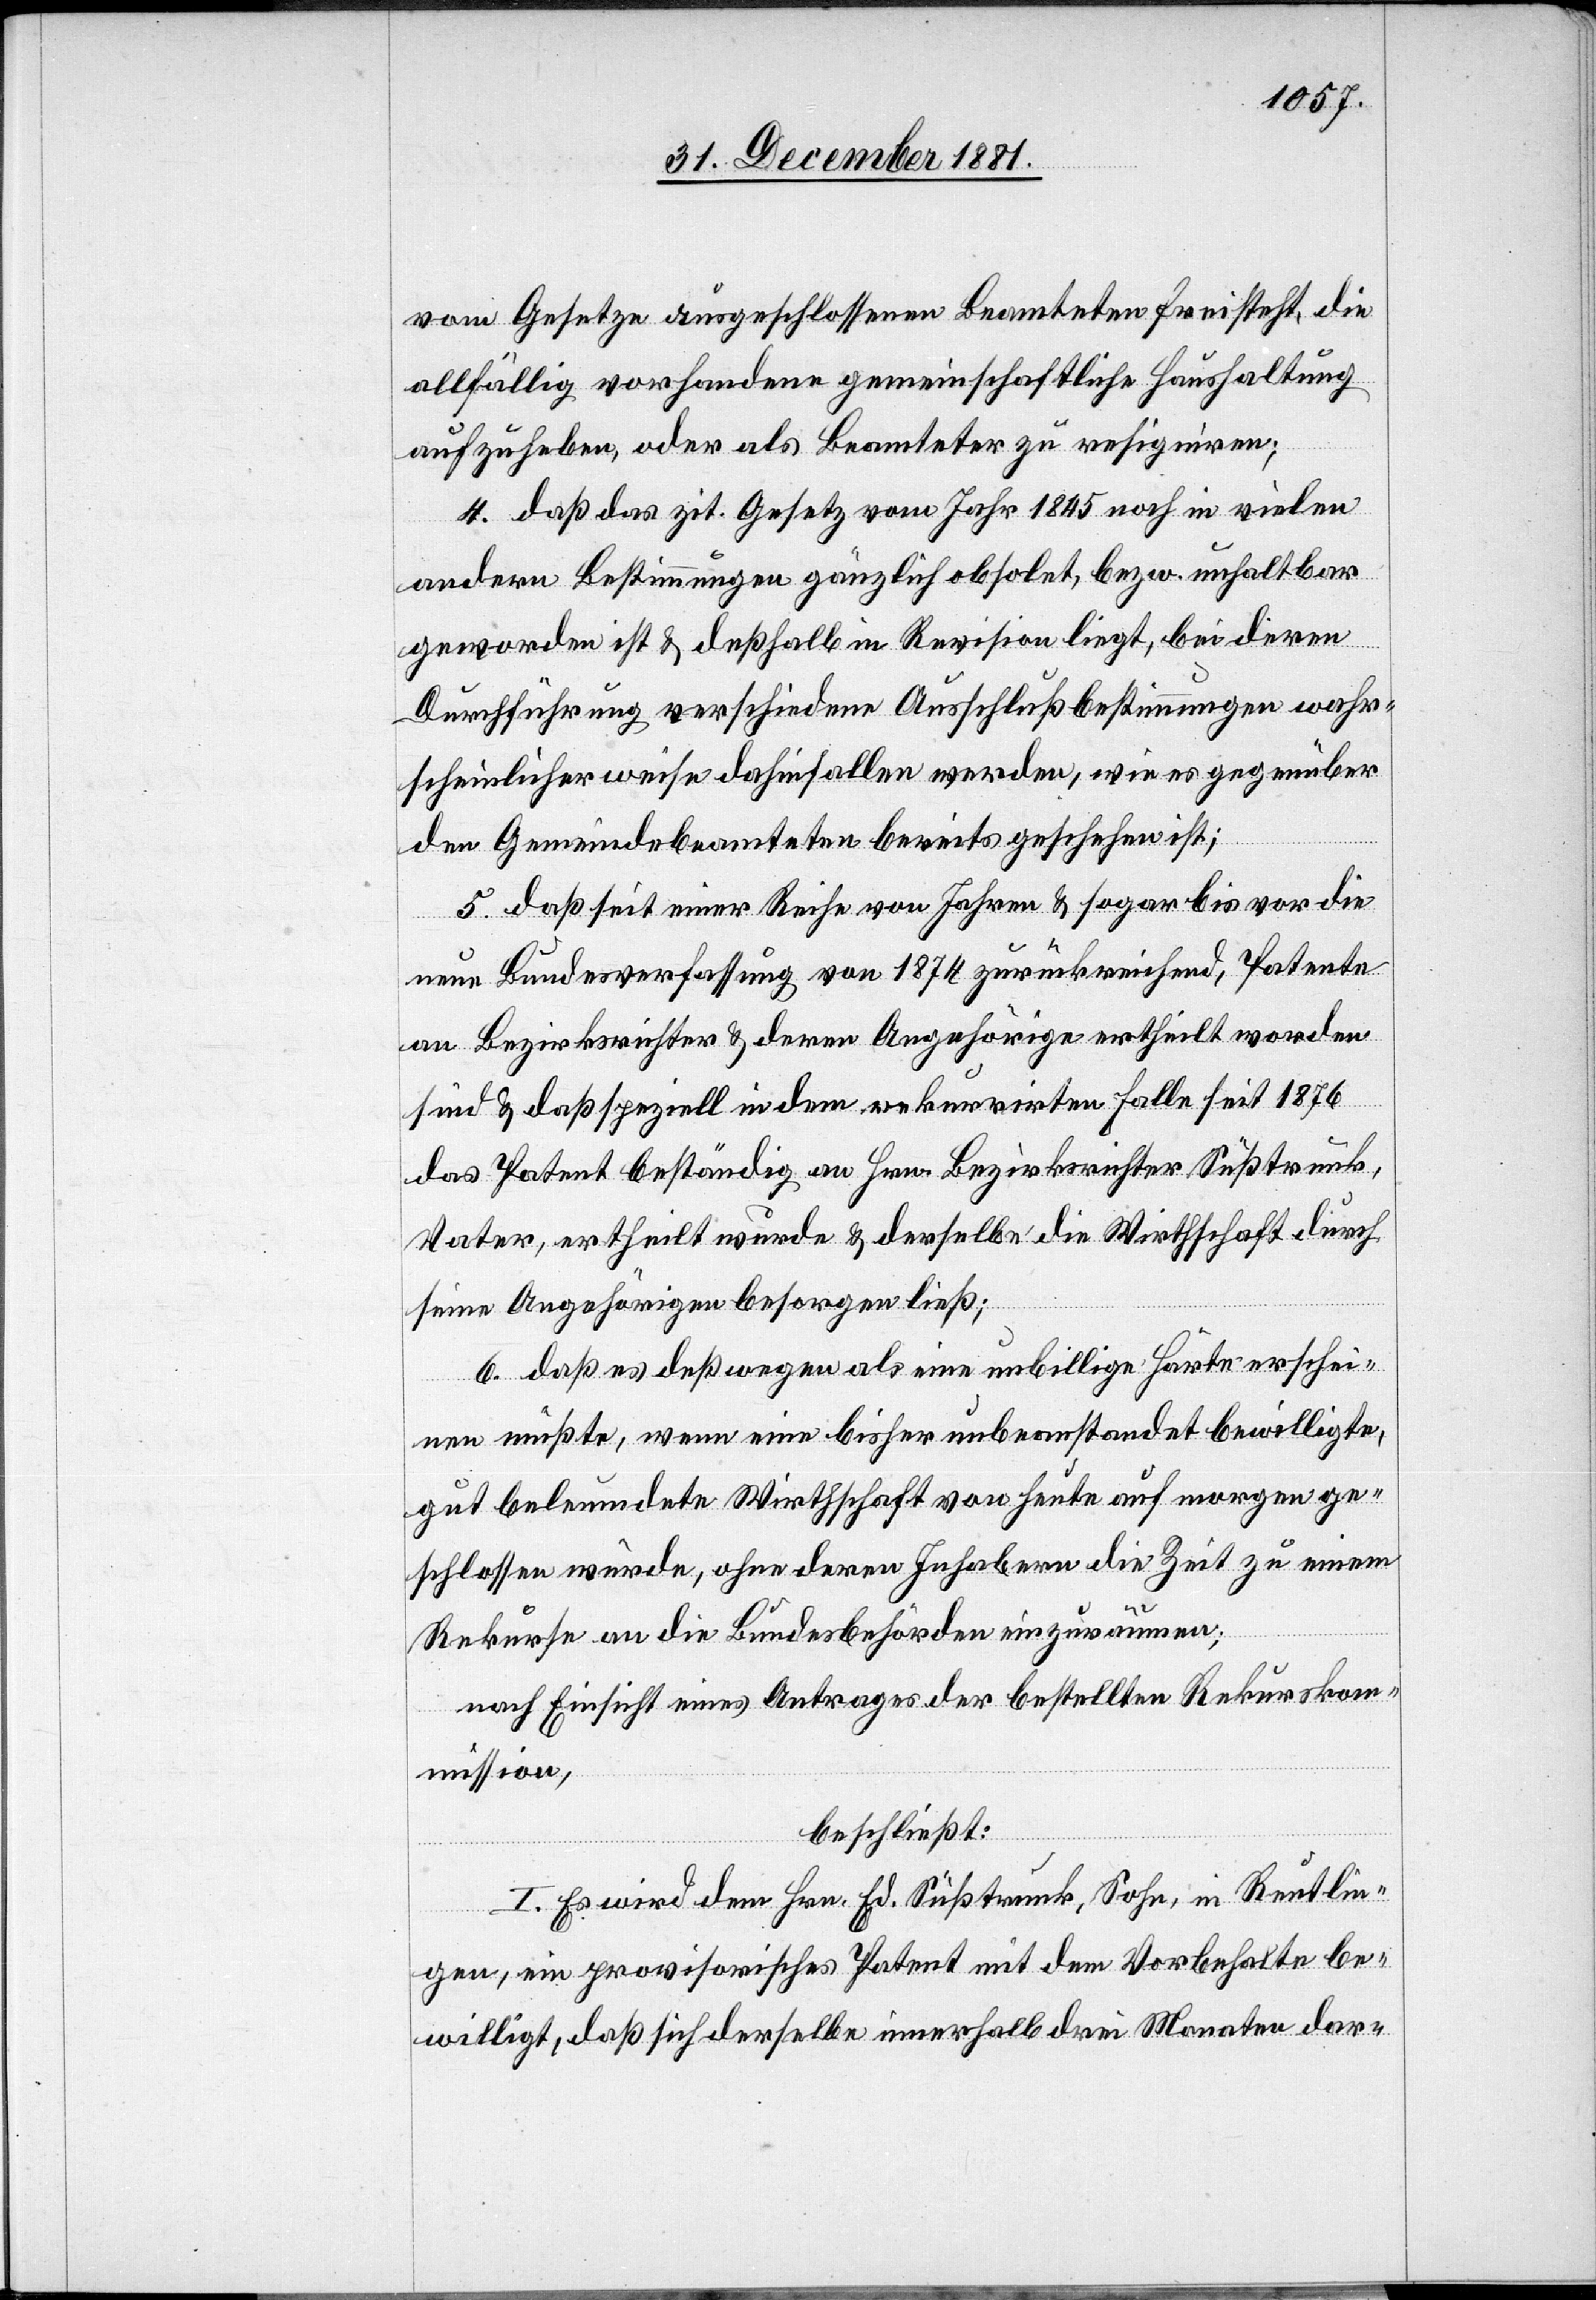
vom Gesetze ausgeschlossenen Beamteten freisteht, die
allfällig vorhandene gemeinschaftliche Haushaltung
aufzuheben, oder als Beamteter zu resigniren;
4. daß das zit. Gesetz vom Jahr 1845 noch in vielen
andern Bestimmungen gänzlich obsolet, bezw. unhaltbar
geworden ist & deßhalb in Revision liegt, bei deren
Durchführung verschiedene Ausschlußbestimmungen wahr¬
scheinlicher weise dahinfallen werden, wie es gegenüber
dem Gemeindebeamteten bereits geschehen ist;
5. daß seit einer Reihe von Jahren & sogar bis vor die
neue Bundesverfassung von 1874 zurückreichend, Patente
an Bezirksrichter & deren Angehörige ertheilt worden
sind & daß speziell in dem rekurrirten Falle seit 1876
das Patent beständig an Hrn. Bezirksrichter Süßtrunk,
Vater, ertheilt wurde & derselbe die Wirthschaft durch
seine Angehörigen besorgen ließ;
6. daß es deßwegen als eine unbillige Härte erschei¬
nen müßte, wenn eine bisher unbeanstandet bewilligte,
gut beleumdete Wirthschaft von heute auf morgen ge¬
schlossen würde, ohne deren Inhabern die Zeit zu einem
Rekurse an die Bundesbehörden einzuräumen;
nach Einsicht eines Antrages der bestellten Rekurskom¬
mission,
beschließt:
I. Es wird dem Hrn. Ed. Süßtrunk, Sohn, in Reutlin¬
gen, ein provisorisches Patent mit dem Vorbehalte be¬
willigt, daß sich derselbe innerhalb drei Monaten dar-